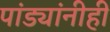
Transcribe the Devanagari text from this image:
पांड्यांनीही